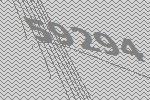
59294